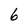
Character: 6